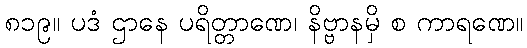
၈၁၉။ ပဒံ ဌာနေ ပရိတ္တာဏေ၊ နိဗ္ဗာနမှိ စ ကာရဏေ။